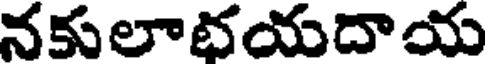
నకులాభయదాయ